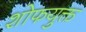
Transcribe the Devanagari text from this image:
शोफयुक्त